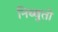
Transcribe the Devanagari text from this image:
निब्बुतो